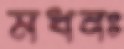
মধনঃ